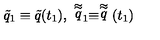
\tilde { q } _ { 1 } \equiv \tilde { q } ( t _ { 1 } ) , \ \stackrel { \approx } { q } _ { 1 } \equiv \stackrel { \approx } { q } ( t _ { 1 } )